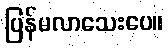
ပြန်မလာသေးပေ။